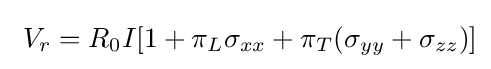
\ V_{r}=R_{0}I[1+\pi _{L}\sigma _{xx}+\pi _{T}(\sigma _{yy}+\sigma _{zz})]